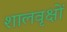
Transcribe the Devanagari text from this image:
शालवृक्षों